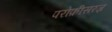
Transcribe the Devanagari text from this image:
परोफ़ीसरज़